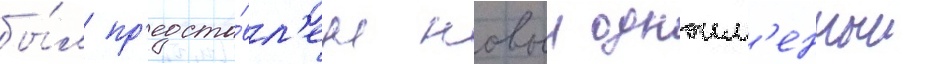
бы́л пр'едста́вл'ен новыи одноим'енныи